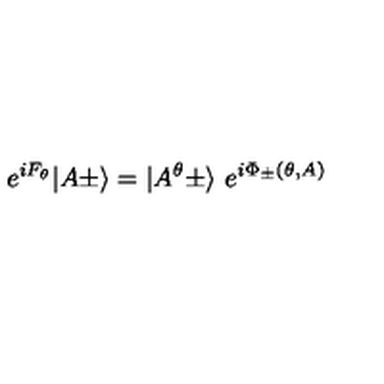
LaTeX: e ^ { i F _ { \theta } } \vert A \pm \rangle = \vert A ^ { \theta } \pm \rangle \ e ^ { i \Phi _ { \pm } ( \theta , A ) }